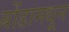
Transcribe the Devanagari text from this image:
बोंडामधून